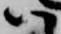
ハ